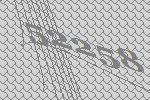
52258